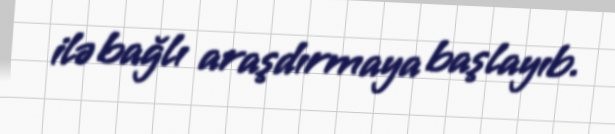
ilə bağlı araşdırmaya başlayıb.